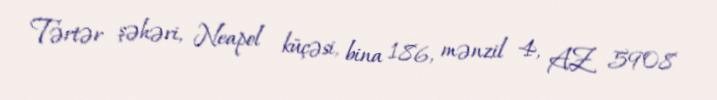
Tərtər şəhəri, Neapol küçəsi, bina 186, mənzil 4, AZ 5908